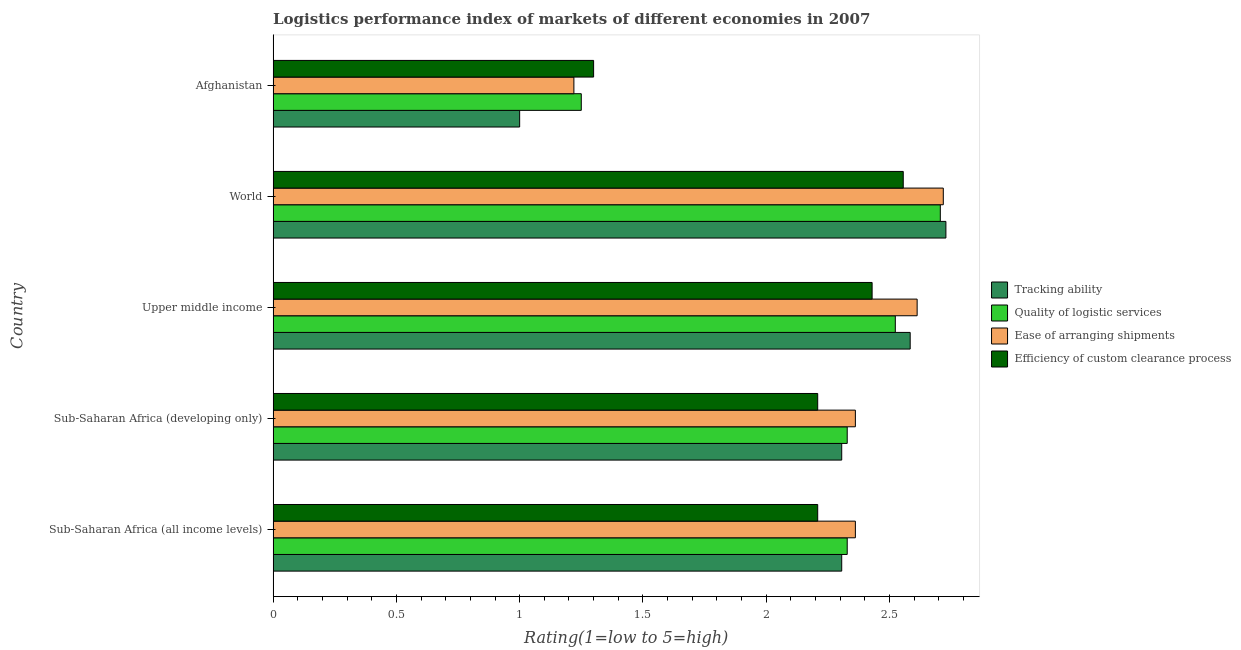
| Country | Tracking ability | Quality of logistic services | Ease of arranging shipments | Efficiency of custom clearance process |
 | --- | --- | --- | --- | --- |
 | Sub-Saharan Africa (all income levels) | 2.31 | 2.33 | 2.36 | 2.21 |
 | Sub-Saharan Africa (developing only) | 2.31 | 2.33 | 2.36 | 2.21 |
 | Upper middle income | 2.58 | 2.52 | 2.61 | 2.43 |
 | World | 2.73 | 2.71 | 2.72 | 2.56 |
 | Afghanistan | 1 | 1.25 | 1.22 | 1.3 |